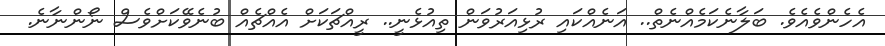
އެހެންވެއެވެ. ބަލާނެކަމެއްނެތް.. އަނެއްކައި ރުޅިއަރުވަން ތިއުޅެނީ.. ރީއްޗަކަށް އެއްޗެއް ބުނެވޭކަށްވެސް ނޯންނާނެ.